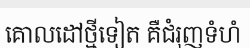
គោលដៅថ្មីទៀត គឺជំរុញទំហំ